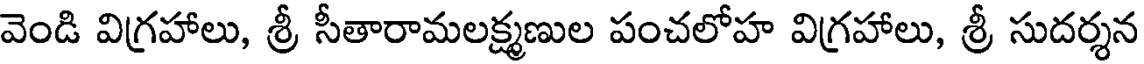
వెండి విగ్రహాలు, శ్రీ సీతారామలక్ష్మణుల పంచలోహ విగ్రహాలు, శ్రీ సుదర్శన